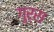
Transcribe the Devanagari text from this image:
गुर्रा